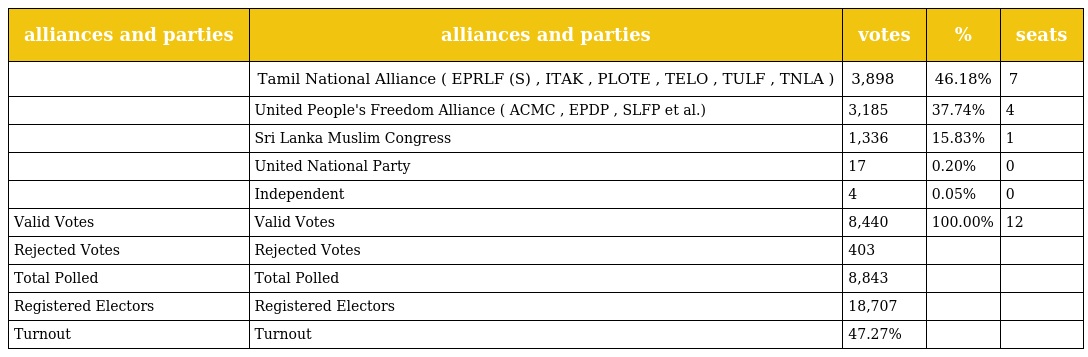
| alliances and parties | alliances and parties | votes | % | seats |
 | --- | --- | --- | --- | --- |
 |  | Tamil National Alliance ( EPRLF (S) , ITAK , PLOTE , TELO , TULF , TNLA ) | 3,898 | 46.18% | 7 |
 |  | United People's Freedom Alliance ( ACMC , EPDP , SLFP et al.) | 3,185 | 37.74% | 4 |
 |  | Sri Lanka Muslim Congress | 1,336 | 15.83% | 1 |
 |  | United National Party | 17 | 0.20% | 0 |
 |  | Independent | 4 | 0.05% | 0 |
 | Valid Votes | Valid Votes | 8,440 | 100.00% | 12 |
 | Rejected Votes | Rejected Votes | 403 |  |  |
 | Total Polled | Total Polled | 8,843 |  |  |
 | Registered Electors | Registered Electors | 18,707 |  |  |
 | Turnout | Turnout | 47.27% |  |  |